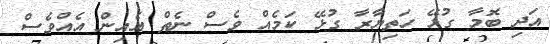
އަދި ބޮމާ ގުޅޭ ހަތިޔާރާ ގުޅޭ ކަމެއް ވެސް ނެތް އެއިން އެއްވެސް